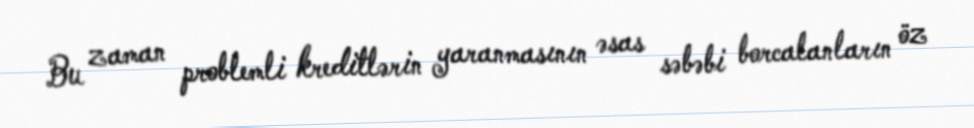
Bu zaman problemli kreditlərin yaranmasının əsas səbəbi borcalanların öz